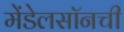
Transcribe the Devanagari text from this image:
मेंडेलसॉनची